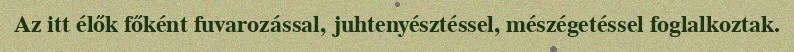
Az itt élők főként fuvarozással, juhtenyésztéssel, mészégetéssel foglalkoztak.